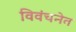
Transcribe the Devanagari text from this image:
विवंचनेत